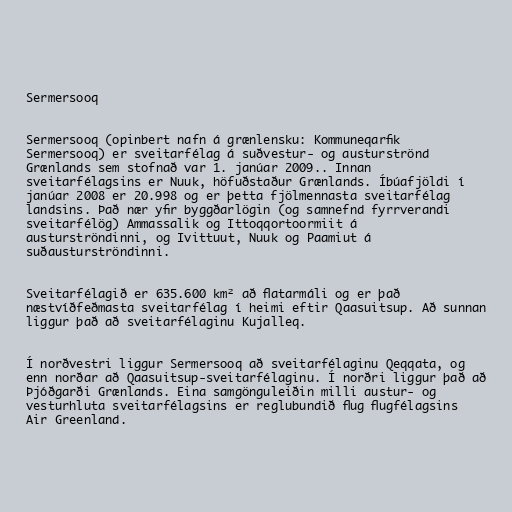
Sermersooq

Sermersooq (opinbert nafn á grænlensku: Kommuneqarfik
Sermersooq) er sveitarfélag á suðvestur- og austurströnd
Grænlands sem stofnað var 1. janúar 2009.. Innan
sveitarfélagsins er Nuuk, höfuðstaður Grænlands. Íbúafjöldi í
janúar 2008 er 20.998 og er þetta fjölmennasta sveitarfélag
landsins. Það nær yfir byggðarlögin (og samnefnd fyrrverandi
sveitarfélög) Ammassalik og Ittoqqortoormiit á
austurströndinni, og Ivittuut, Nuuk og Paamiut á
suðausturströndinni.

Sveitarfélagið er 635.600 km² að flatarmáli og er það
næstvíðfeðmasta sveitarfélag í heimi eftir Qaasuitsup. Að sunnan
liggur það að sveitarfélaginu Kujalleq.

Í norðvestri liggur Sermersooq að sveitarfélaginu Qeqqata, og
enn norðar að Qaasuitsup-sveitarfélaginu. Í norðri liggur það að
Þjóðgarði Grænlands. Eina samgönguleiðin milli austur- og
vesturhluta sveitarfélagsins er reglubundið flug flugfélagsins
Air Greenland.